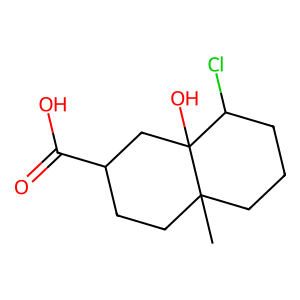
SMILES: CC12CCCC(Cl)C1(O)CC(C(=O)O)CC2
Inhibits HIV replication: No